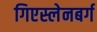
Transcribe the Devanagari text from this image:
गिएस्लेनबर्ग